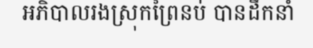
អភិបាលរងស្រុកព្រៃនប់ បានដឹកនាំ